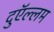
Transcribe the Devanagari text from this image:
दुऍल्लम